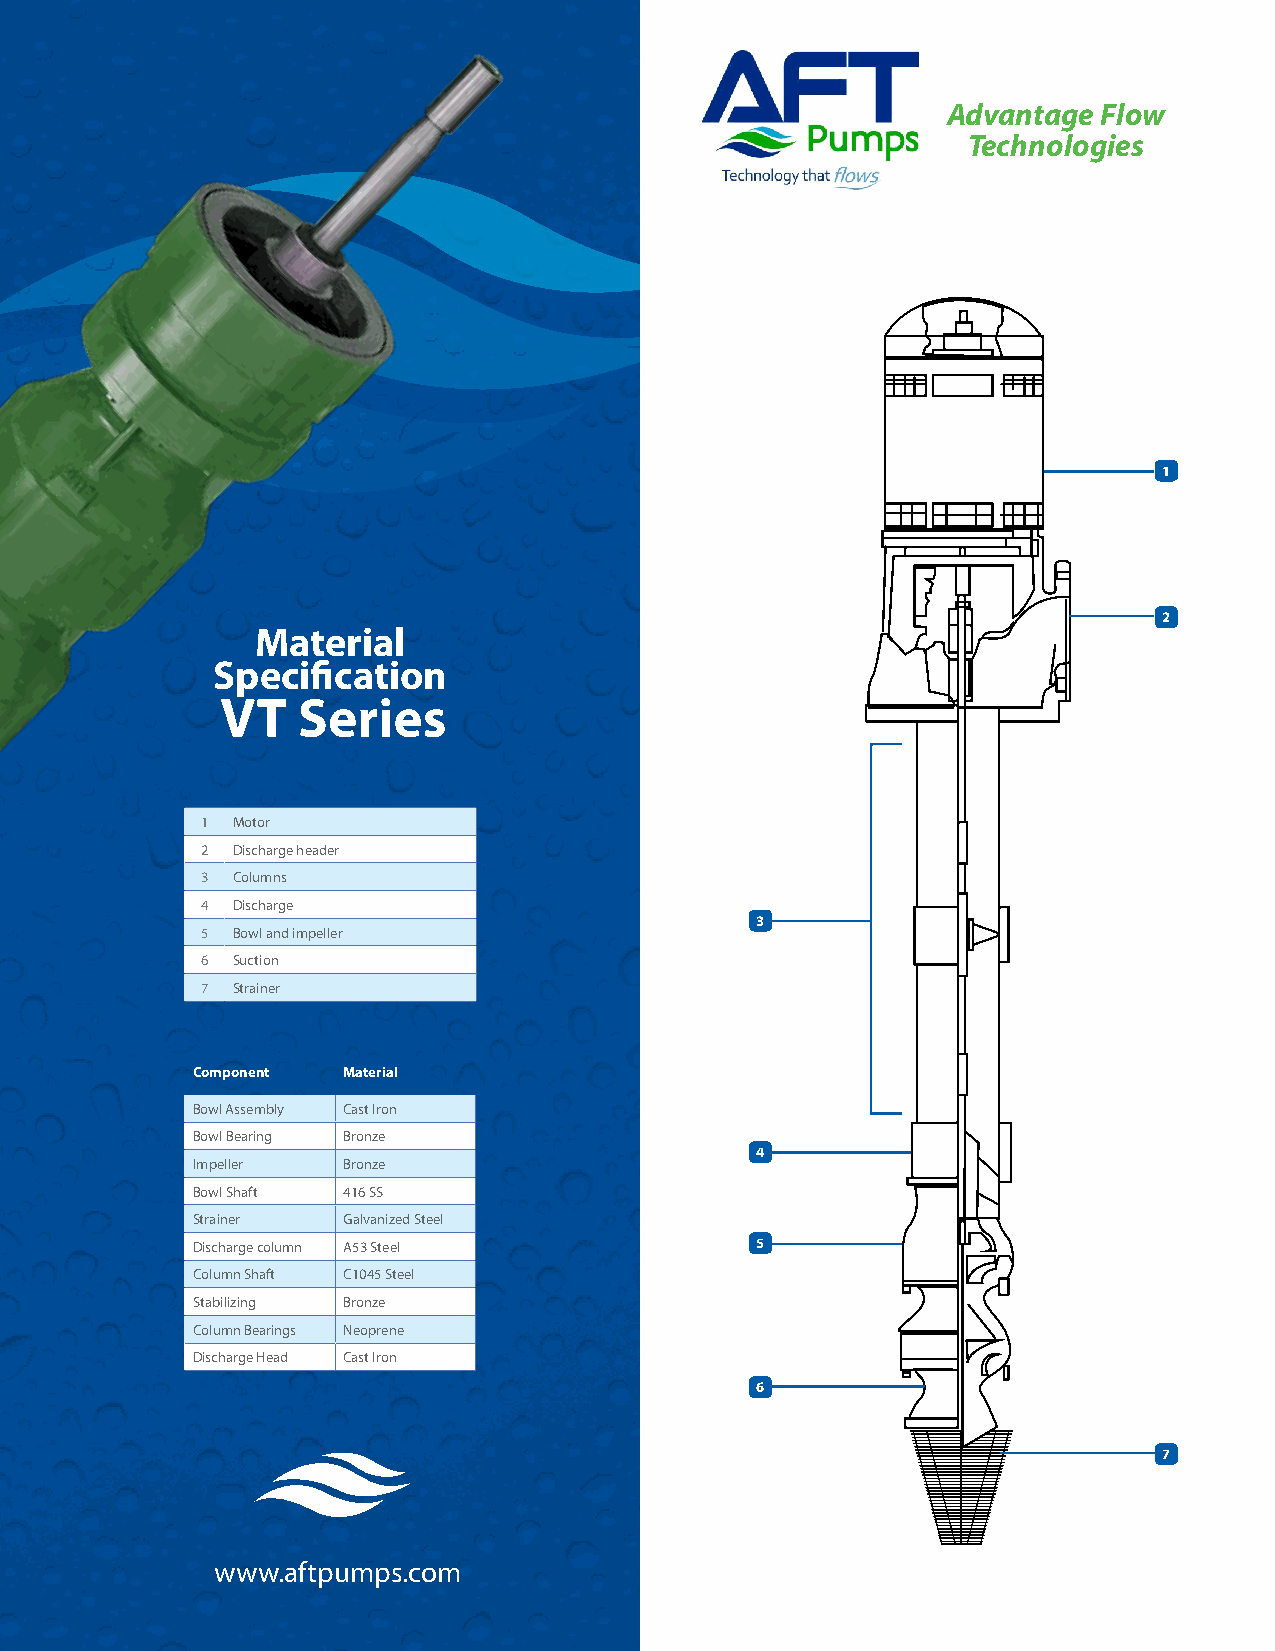
Advantage Flow
 Technologies
 1
 2
 Material
 Specification
 VT   Series
 1 Motor
 2 Discharge header
 3 Columns
 4 Discharge
 3
 5 Bowl and impeller
 6 Suction
 7 Strainer
 Component Material
 Bowl Assembly Cast Iron
 Bowl Bearing Bronze
 4
 Impeller  Bronze
 Bowl Shaft 416 SS
 Strainer  Galvanized Steel
 Discharge column A53 Steel           5
 Column Shaft C1045 Steel
 Stabilizing Bronze
 Column Bearings Neoprene
 Discharge Head Cast Iron
 6
 7
 www.aftpumps.com